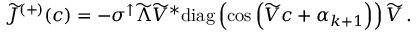
\begin{array} { r } { \widetilde { J } ^ { ( + ) } ( c ) = - \sigma ^ { \uparrow } \widetilde { \Lambda } \widetilde { V } ^ { * } \mathrm { d i a g } \left( \cos \left( \widetilde { V } c + \alpha _ { k + 1 } \right) \right) \widetilde { V } \, . } \end{array}